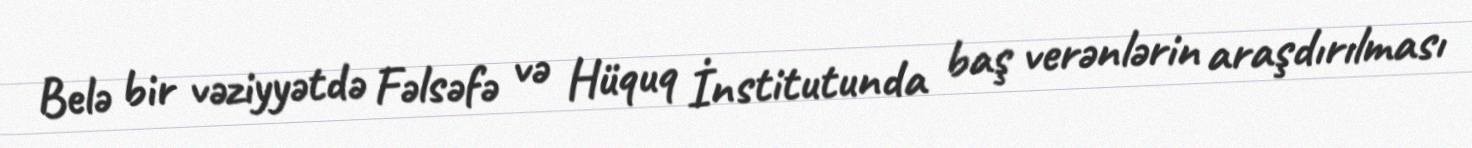
Belə bir vəziyyətdə Fəlsəfə və Hüquq İnstitutunda baş verənlərin araşdırılması